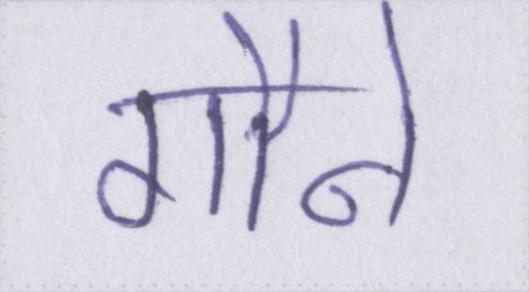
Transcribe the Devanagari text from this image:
गौने